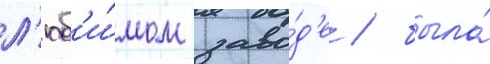
л'юб'и́мом заво́д'е / была́